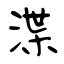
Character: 渫